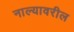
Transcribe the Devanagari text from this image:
नाल्यावरील